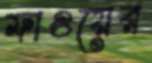
ফাওয়ের